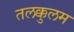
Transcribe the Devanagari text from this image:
तलक्कुलम